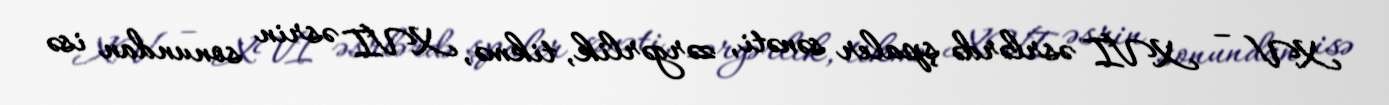
XV – XVI əsrlərdə şpaler sənəti, zərgərlik, tikmə, XVI əsrin sonundan isə